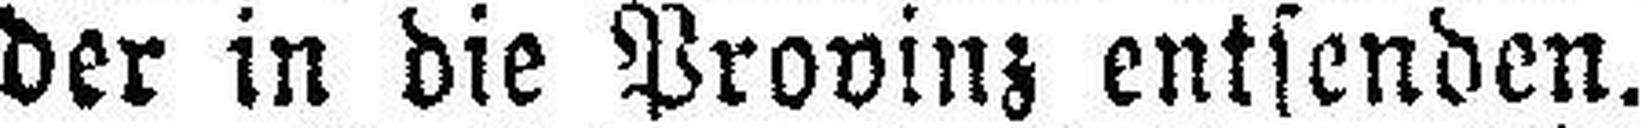
der in die Provinz entsenden.